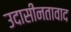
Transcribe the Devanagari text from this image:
उदासीनतावाद